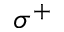
\sigma ^ { + }